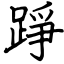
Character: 踭